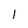
Character: l